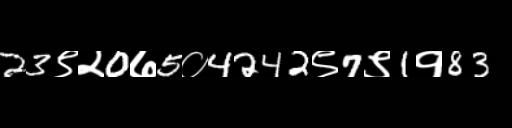
Text: 23९२0७5०4242९7९1१83